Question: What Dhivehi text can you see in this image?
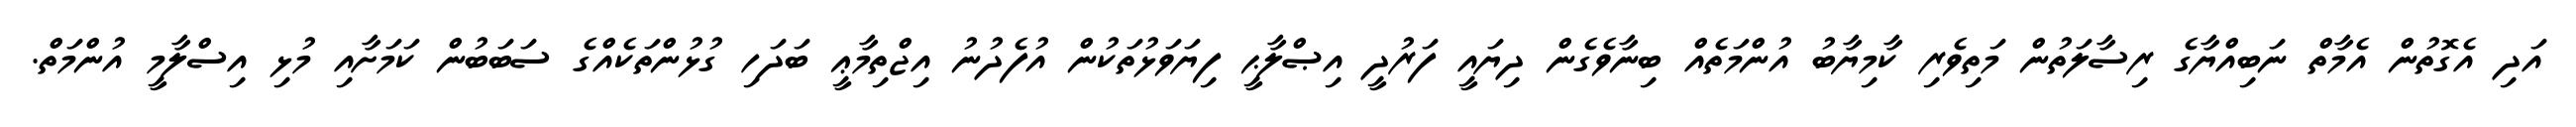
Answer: އަދި އެގޮތުން އެމާތް ނަބިއްޔާގެ ރިސާލަތުން މަތިވެރި ކާމިޔާބު އުންމަތެއް ބިނާވެގެން ދިޔައީ ފަރުދީ އިޞްލާޙީ ފިޔަވަޅުތަކުން އުފެދުނު އިޖްތިމާޢީ ބަދަހި ގުޅުންތަކެއްގެ ސަބަބުން ކަމަށާއި މުޅި އިސްލާމީ އުންމަތް.